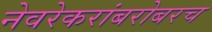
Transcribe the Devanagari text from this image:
नेवरेकरांबरोबरच